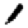
Digit: 1